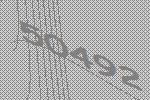
50492